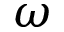
\omega